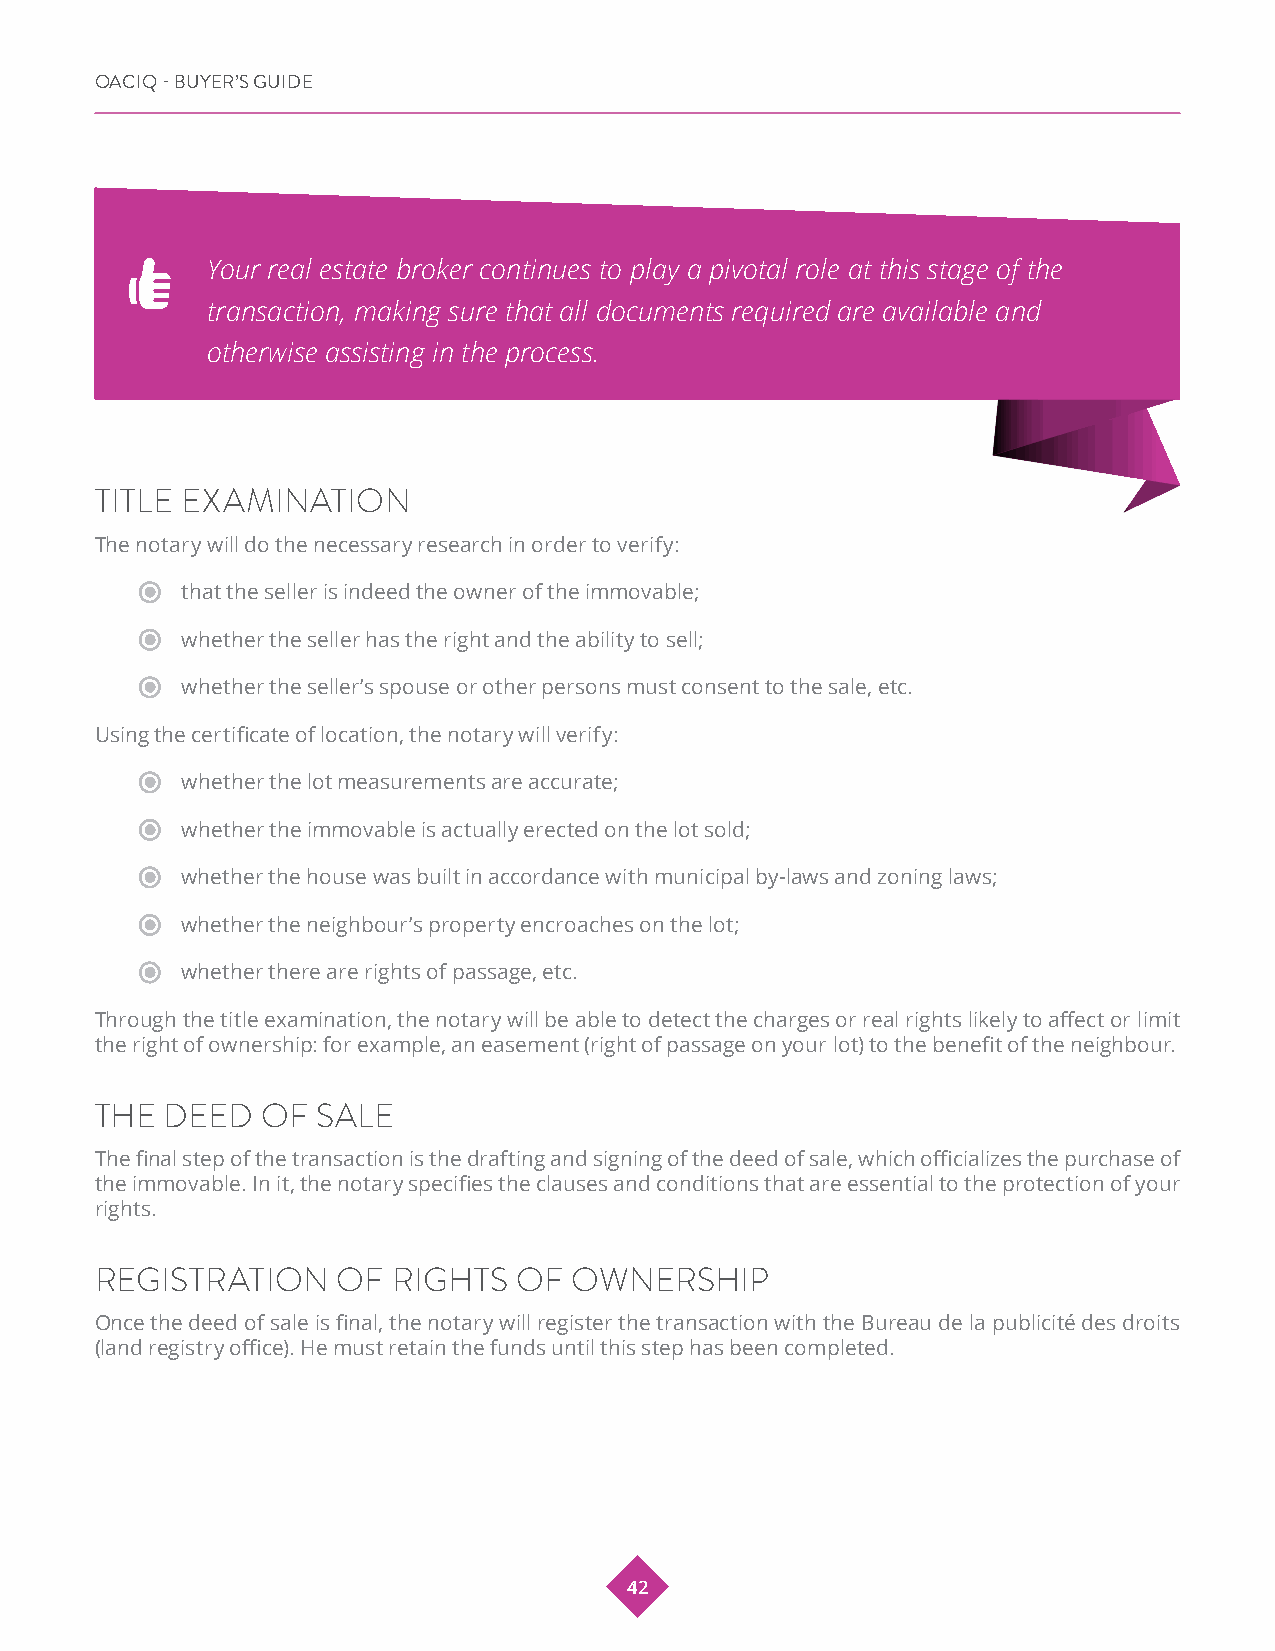
OACIQ - BUYER’S GUIDE
 Your real estate broker continues to play a pivotal role at this stage of the
 transaction, making sure that all documents required are available and
 otherwise assisting in the process.
 TITLE EXAMINATION
 The notary will do the necessary research in order to verify:
 that the seller is indeed the owner of the immovable;
 whether the seller has the right and the ability to sell;
 whether the seller’s spouse or other persons must consent to the sale, etc.
 Using the certificate of location, the notary will verify:
 whether the lot measurements are accurate;
 whether the immovable is actually erected on the lot sold;
 whether the house was built in accordance with municipal by-laws and zoning laws;
 whether the neighbour’s property encroaches on the lot;
 whether there are rights of passage, etc.
 Through the title examination, the notary will be able to detect the charges or real rights likely to affect or limit
 the right of ownership: for example, an easement (right of passage on your lot) to the benefit of the neighbour.
 THE  DEED  OF  SALE
 The final step of the transaction is the drafting and signing of the deed of sale, which officializes the purchase of
 the immovable. In it, the notary specifies the clauses and conditions that are essential to the protection of your
 rights.
 REGISTRATION    OF  RIGHTS  OF  OWNERSHIP
 Once the deed of sale is final, the notary will register the transaction with the Bureau de la publicité des droits
 (land registry office). He must retain the funds until this step has been completed.
 42